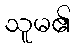
သူမ၏